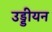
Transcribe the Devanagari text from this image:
उड्डीयन